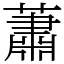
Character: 蕭